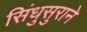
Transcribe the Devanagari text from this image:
सिंधुसुराने